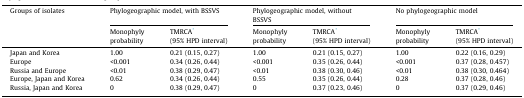
<table><thead><tr><td rowspan="2"><b>Groups of isolates</b></td><td colspan="2"><b>Phylogeographic model, with BSSVS</b></td><td colspan="2"><b>Phylogeographic model, without BSSVS</b></td><td colspan="2"><b>No phylogeographic model</b></td></tr><tr><td><b>Monophyly probability</b></td><td><b>TMRCA⁎ (95% HPD interval)</b></td><td><b>Monophyly probability</b></td><td><b>TMRCA⁎ (95% HPD interval)</b></td><td><b>Monophyly probability</b></td><td><b>TMRCA⁎ (95% HPD interval)</b></td></tr></thead><tbody><tr><td>Japan and Korea</td><td>1.00</td><td>0.21 (0.15, 0.27)</td><td>1.00</td><td>0.21 (0.15, 0.27)</td><td>1.00</td><td>0.22 (0.16, 0.29)</td></tr><tr><td>Europe</td><td>&lt;0.001</td><td>0.34 (0.26, 0.44)</td><td>&lt;0.001</td><td>0.35 (0.26, 0.44)</td><td>&lt;0.001</td><td>0.37 (0.28, 0.457)</td></tr><tr><td>Russia and Europe</td><td>&lt;0.01</td><td>0.38 (0.29, 0.47)</td><td>&lt;0.01</td><td>0.38 (0.30, 0.46)</td><td>&lt;0.01</td><td>0.38 (0.30, 0.464)</td></tr><tr><td>Europe, Japan and Korea</td><td>0.62</td><td>0.34 (0.26, 0.44)</td><td>0.55</td><td>0.35 (0.26, 0.44)</td><td>0.28</td><td>0.37 (0.28, 0.46)</td></tr><tr><td>Russia, Japan and Korea</td><td>0</td><td>0.38 (0.29, 0.47)</td><td>0</td><td>0.37 (0.23, 0.46)</td><td>0</td><td>0.37 (0.29, 0.46)</td></tr></tbody></table>